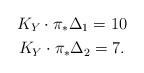
LaTeX: \begin{gather*}K_Y \cdot \pi_{\ast}\Delta_1=10\\K_Y\cdot \pi_{\ast}\Delta_2 =7.\end{gather*}